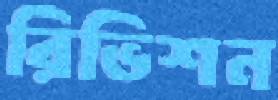
রিভিশন